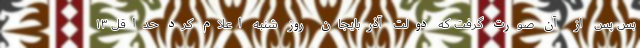
بس پس از آن صورت گرفت که دولت آذربایجان روز شنبه اعلام کرد حداقل ۱۳